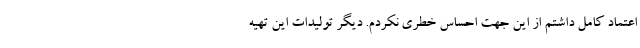
اعتماد کامل داشتم از این جهت احساس خطری نکردم. دیگر تولیدات این تهیه